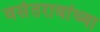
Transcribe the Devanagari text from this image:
वसंतरावांच्‍या